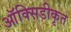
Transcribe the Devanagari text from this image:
ऑक्सिडीकृत